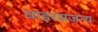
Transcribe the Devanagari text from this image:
वाइरसजन्य